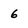
Character: 6